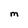
Character: M